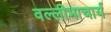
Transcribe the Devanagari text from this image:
वल्लीभाचार्य